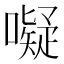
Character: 㘈